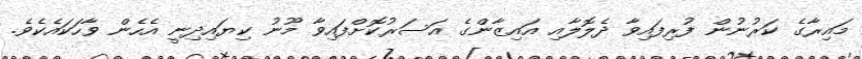
މައިރާގެ ކަރުނުން ފުރިފައިވާ ދެލޮލާއި އައިޒާންގެ އަސަރުކޮށްފައިވާ މޫނު ކިޔައިދިނީ އެހެން ވާހަކައެކެވެ.